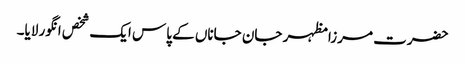
حضرت مرزا مظہر جان جاناں کے پاس ایک شخص انگور لایا۔